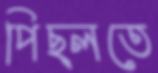
পিছ্‌লতে